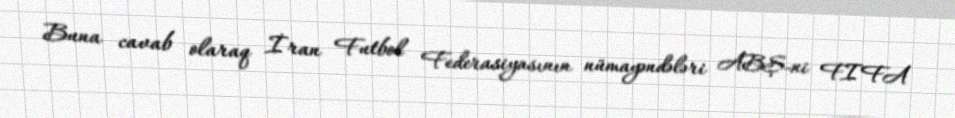
Buna cavab olaraq İran Futbol Federasiyasının nümayəndələri ABŞ-ni FIFA